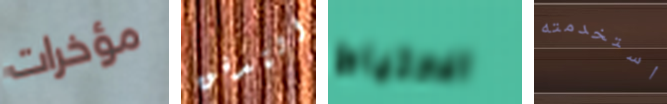
مؤخرات التدفق الاحتياط استخدمته